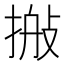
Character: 𢮽